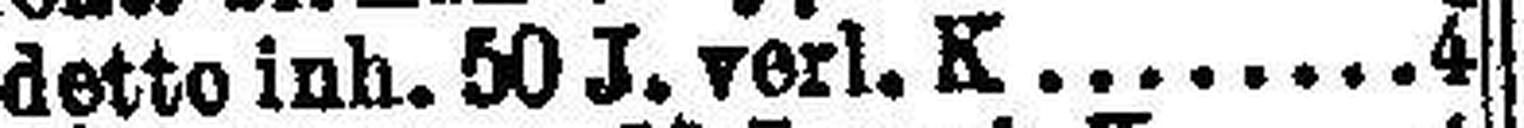
detto inh. 50 J. verl. K. 4